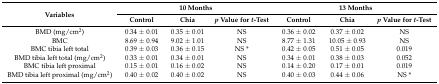
<table><thead><tr><td rowspan="2"><b>Variables</b></td><td colspan="3"><b>10 Months</b></td><td colspan="3"><b>13 Months</b></td></tr><tr><td><b>Control</b></td><td><b>Chia</b></td><td><b><i>p</i> Value for <i>t</i>-Test</b></td><td><b>Control</b></td><td><b>Chia</b></td><td><b><i>p</i> Value for <i>t</i>-Test</b></td></tr></thead><tbody><tr><td>BMD (mg/cm<sup>2</sup>)</td><td>0.34 ± 0.01</td><td>0.35 ± 0.01</td><td>NS</td><td>0.36 ± 0.02</td><td>0.37 ± 0.02</td><td>NS</td></tr><tr><td>BMC</td><td>8.69 ± 0.94</td><td>9.02 ± 1.01</td><td>NS</td><td>8.77 ± 1.31</td><td>10.05 ± 0.93</td><td>NS</td></tr><tr><td>BMC tibia left total</td><td>0.39 ± 0.03</td><td>0.36 ± 0.15</td><td>NS *</td><td>0.42 ± 0.05</td><td>0.51 ± 0.05</td><td>0.019</td></tr><tr><td>BMD tibia left total (mg/cm<sup>2</sup>)</td><td>0.33 ± 0.01</td><td>0.34 ± 0.01</td><td>NS</td><td>0.34 ± 0.01</td><td>0.38 ± 0.03</td><td>0.052</td></tr><tr><td>BMC tibia left proximal</td><td>0.15 ± 0.01</td><td>0.16 ± 0.02</td><td>NS</td><td>0.14 ± 0.20</td><td>0.17 ± 0.01</td><td>0.019</td></tr><tr><td>BMD tibia left proximal (mg/cm<sup>2</sup>)</td><td>0.40 ± 0.02</td><td>0.40 ± 0.02</td><td>NS</td><td>0.40 ± 0.03</td><td>0.44 ± 0.06</td><td>NS *</td></tr></tbody></table>